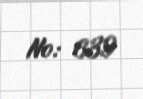
№: 639